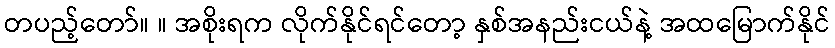
တပည့်တော်။ ။ အစိုးရက လိုက်နိုင်ရင်တော့ နှစ်အနည်းငယ်နဲ့ အထမြောက်နိုင်